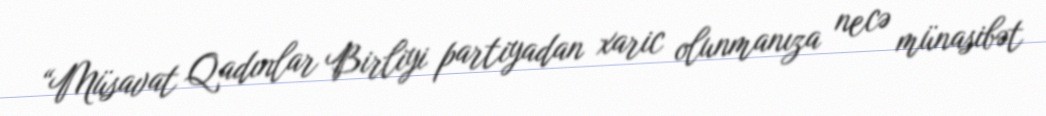
“Müsavat Qadınlar Birliyi partiyadan xaric olunmanıza necə münasibət